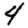
Digit: 4